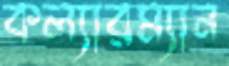
কল্যারম্যান